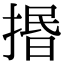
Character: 㨉